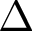
\Delta